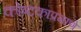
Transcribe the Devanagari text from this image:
कोष्टकाप्रमाणे